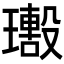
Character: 𤪢